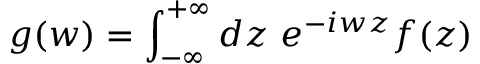
g ( w ) = \int _ { - \infty } ^ { + \infty } d z \, \, e ^ { - i w z } f ( z )